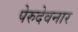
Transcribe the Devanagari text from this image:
पेरुदेवनार